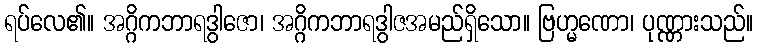
ရပ်လေ၏။ အဂ္ဂိကဘာရဒွါဇော၊ အဂ္ဂိကဘာရဒွါဇအမည်ရှိသော။ ဗြဟ္မဏော၊ ပုဏ္ဏားသည်။